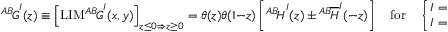
{ ^ { A B } \! G } ^ { I } ( z ) \equiv \left[ \mathrm { L I M } { ^ { A B } \! G } ^ { I } ( x , y ) \right] _ { z \le 0 \Rightarrow z \ge 0 } = \theta ( z ) \theta ( 1 - z ) \left[ { ^ { A B } \! H } ^ { I } ( z ) \pm { ^ { A B } \! \overline { { H } } } ^ { I } ( - z ) \right] \quad \mathrm { f o r } \quad \left\{ { I = A \atop I = V } \right. ,